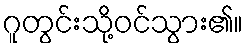
ဂူတွင်းသို့ဝင်သွား၏။